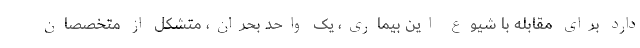
دارد برای مقابله با شیوع این بیماری، یک واحد بحران، متشکل از متخصصان